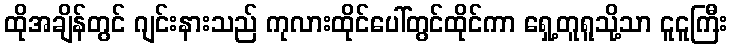
ထိုအချိန်တွင် ဂျင်းနားသည် ကုလားထိုင်ပေါ်တွင်ထိုင်ကာ ရှေ့တူရူသို့သာ ငူငူကြီး